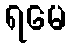
ရမေ